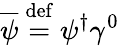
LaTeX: {\overline{{\psi}}}\ {\stackrel{\mathrm{def}}{=}}\ \psi^{\dagger}\gamma^{0}